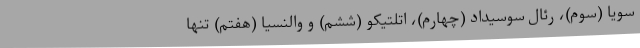
سویا (سوم)، رئال سوسیداد (چهارم)، اتلتیکو (ششم) و والنسیا (هفتم) تنها